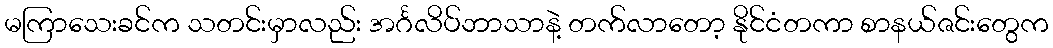
မကြာသေးခင်က သတင်းမှာလည်း အင်္ဂလိပ်ဘာသာနဲ့ တက်လာတော့ နိုင်ငံတကာ စာနယ်ဇင်းတွေက